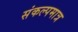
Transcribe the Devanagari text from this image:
संकल्पमात्र